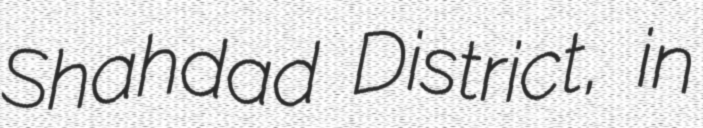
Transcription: Shahdad District, in